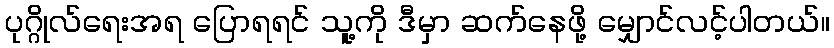
ပုဂ္ဂိုလ်ရေးအရ ပြောရရင် သူ့ကို ဒီမှာ ဆက်နေဖို့ မျှောင်လင့်ပါတယ်။